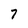
Character: 7